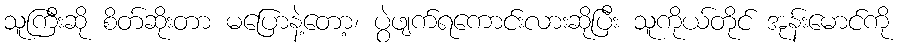
သူကြီးဆို စိတ်ဆိုးတာ မပြောနဲ့တော့၊ ပွဲဖျက်ရကောင်းလားဆိုပြီး သူကိုယ်တိုင် အုန်းမောင်ကို